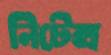
নিটেক্স